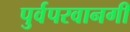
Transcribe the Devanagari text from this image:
पुर्वपरवानगी